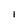
Character: l